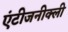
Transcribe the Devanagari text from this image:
एंटीजनीक्ली